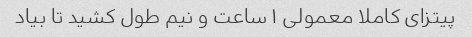
پیتزای کاملا معمولی ۱ ساعت و نیم طول کشید تا بیاد